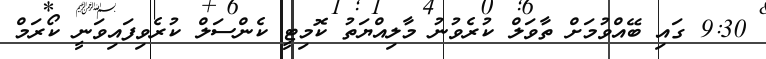
9:30 ގައި ބޭއްވުމަށް ތާވަލް ކުރެވުނު މާލިއްޔަތު ކޮމިޓީ ކެންސަލް ކުރެވިފައިވަނީ ކޯރަމް